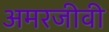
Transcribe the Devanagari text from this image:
अमरजीवी